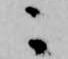
ニ